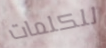
للكلمات